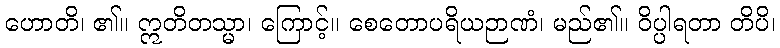
ဟောတိ၊ ၏။ ဣတိတသ္မာ၊ ကြောင့်။ စေတောပရိယဉာဏံ၊ မည်၏။ ဝိပ္ပါရတာ တိပိ၊